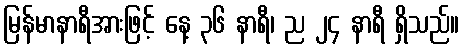
မြန်မာနာရီအားဖြင့် နေ့ ၃၆ နာရီ၊ ည ၂၄ နာရီ ရှိသည်။